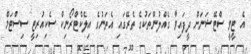
އެ ޓީވީ ސްޓޭޝަނަށް ދީފައިވާ ގެއްލުންތަކުގެ ތެރޭގައި އެތަނުގެ އިލެކްޓްރޯނިކް ސެކިއުރިޓީ ސިސްޓަމް